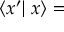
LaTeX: \left\langle x ^ { \prime } \right| \left. x \right\rangle =